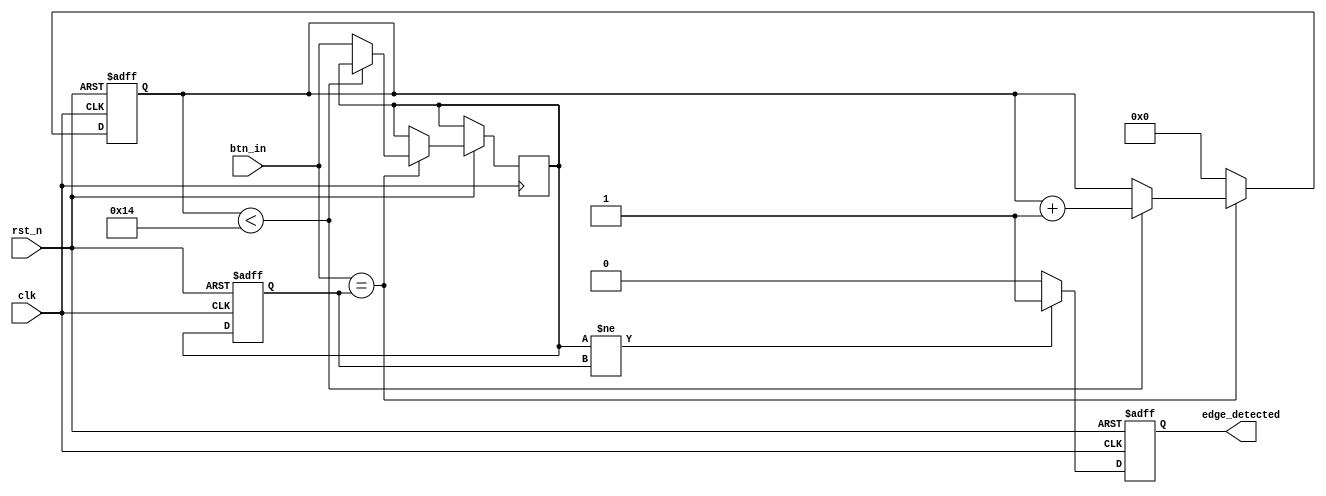
module debounced_edge_detector #(
    parameter DEBOUNCE_TIME = 20, // Debounce time in clock cycles
    parameter EDGE_TYPE = 2'b11    // 2'b00: None, 2'b01: Rising, 2'b10: Falling, 2'b11: Both
)(
    input wire clk,                // Clock input
    input wire rst_n,              // Active low reset
    input wire btn_in,             // Input signal (button/switch)
    output reg edge_detected       // Output signal for edge detection
);

    // State variables
    reg [1:0] state;               // Current state of the button
    reg [1:0] next_state;          // Next state of the button
    reg [15:0] debounce_counter;    // Counter for debounce timing
    reg btn_stable;                // Signal to indicate stable button state
    reg btn_prev;                  // Previous stable button state

    // State definitions
    localparam [1:0] BTN_RELEASED = 2'b00;
    localparam [1:0] BTN_PRESSED  = 2'b01;

    // Edge detection logic
    always @(posedge clk or negedge rst_n) begin
        if (!rst_n) begin
            state <= BTN_RELEASED;
            debounce_counter <= 0;
            btn_prev <= 0;
            edge_detected <= 0;
        end else begin
            // Update debounce counter and state
            if (btn_in == btn_prev) begin
                if (debounce_counter < DEBOUNCE_TIME) begin
                    debounce_counter <= debounce_counter + 1;
                end else begin
                    btn_stable <= btn_in;
                end
            end else begin
                debounce_counter <= 0; // Reset counter on input change
            end

            // Update previous button state
            btn_prev <= btn_stable;

            // Edge detection
            if (btn_stable != btn_prev) begin
                if (EDGE_TYPE[0] && (btn_stable == 1'b1)) begin // Rising edge
                    edge_detected <= 1'b1;
                end else if (EDGE_TYPE[1] && (btn_stable == 1'b0)) begin // Falling edge
                    edge_detected <= 1'b1;
                end
            end else begin
                edge_detected <= 1'b0; // Reset edge detected signal if no edge is found
            end
        end
    end

endmodule